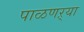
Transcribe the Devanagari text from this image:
पाळणऱ्या